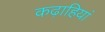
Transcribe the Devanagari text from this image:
कढ़ाहियां